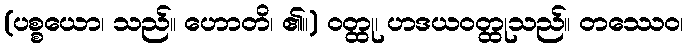
(ပစ္စယော၊ သည်။ ဟောတိ၊ ၏။) ဝတ္ထု၊ ဟဒယဝတ္ထုသည်။ တဿေဝ၊